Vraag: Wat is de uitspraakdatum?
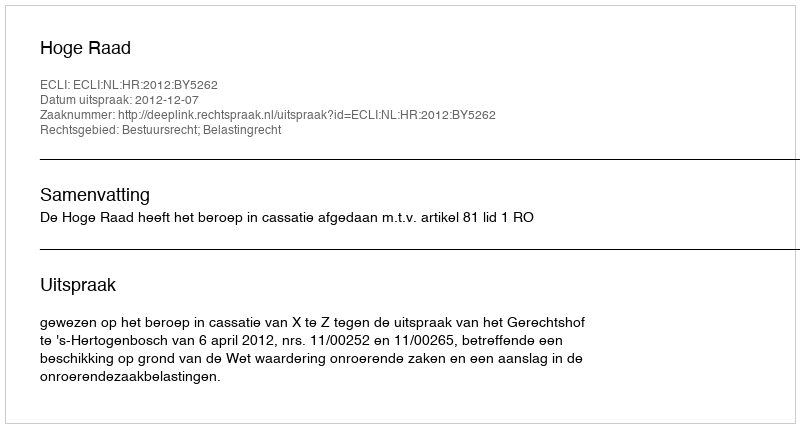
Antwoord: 2012-12-07